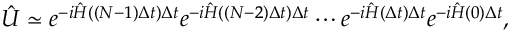
\hat { U } \simeq e ^ { - i \hat { H } ( ( N - 1 ) \Delta t ) \Delta t } e ^ { - i \hat { H } ( ( N - 2 ) \Delta t ) \Delta t } \cdots e ^ { - i \hat { H } ( \Delta t ) \Delta t } e ^ { - i \hat { H } ( 0 ) \Delta t } ,